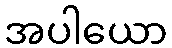
အပါယော